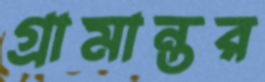
গ্রামান্তর